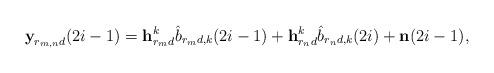
LaTeX: \begin{align*}\textbf{y}_{r_{m,n}d}(2i-1) = \textbf{h}_{r_md}^k\hat{b}_{r_md,k}(2i-1)+ \textbf{h}_{r_nd}^k\hat{b}_{r_nd,k}(2i)+\textbf{n}(2i-1),\end{align*}